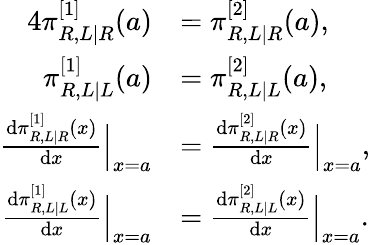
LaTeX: \begin{array}{rl}{{4}\pi_{R,L|R}^{[1]}(a)}&{=\pi_{R,L|R}^{[2]}(a),}\\ {\pi_{R,L|L}^{[1]}(a)}&{=\pi_{R,L|L}^{[2]}(a),}\\ {\frac{\mathrm{d}\pi_{R,L|R}^{[1]}(x)}{\mathrm{d}x}\Big|_{x=a}}&{=\frac{\mathrm{d}\pi_{R,L|R}^{[2]}(x)}{\mathrm{d}x}\Big|_{x=a},}\\ {\frac{\mathrm{d}\pi_{R,L|L}^{[1]}(x)}{\mathrm{d}x}\Big|_{x=a}}&{=\frac{\mathrm{d}\pi_{R,L|L}^{[2]}(x)}{\mathrm{d}x}\Big|_{x=a}.}\end{array}